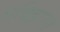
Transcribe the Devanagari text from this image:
एक्झिमा